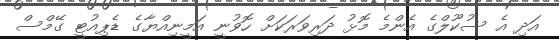
އަދި އެ ސުކޫލްގެ އެންމެ މޮޅު ދަރިވަރަކަށް ހޮވުނީ އަމީނިއްޔާގެ ޑެޕިއުޓީ ގޭމްސް